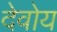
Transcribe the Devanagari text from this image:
देवोय